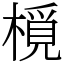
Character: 㯒